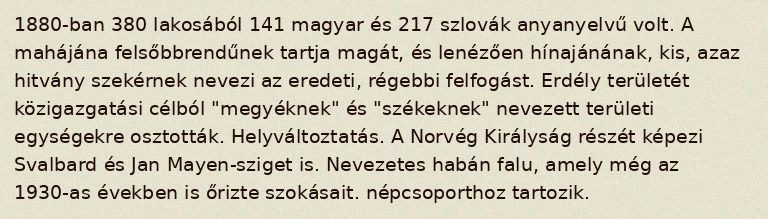
1880-ban 380 lakosából 141 magyar és 217 szlovák anyanyelvű volt. A mahájána felsőbbrendűnek tartja magát, és lenézően hínajánának, kis, azaz hitvány szekérnek nevezi az eredeti, régebbi felfogást. Erdély területét közigazgatási célból "megyéknek" és "székeknek" nevezett területi egységekre osztották. Helyváltoztatás. A Norvég Királyság részét képezi Svalbard és Jan Mayen-sziget is. Nevezetes habán falu, amely még az 1930-as években is őrizte szokásait. népcsoporthoz tartozik.